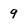
Character: 9